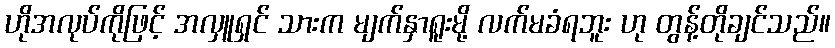
ဟိုအလုပ်ကိုဖြင့် အလှူရှင် သားက မျက်နှာရူးမို့ လက်မခံရဘူး ဟု တွန့်တိုချင်သည်။